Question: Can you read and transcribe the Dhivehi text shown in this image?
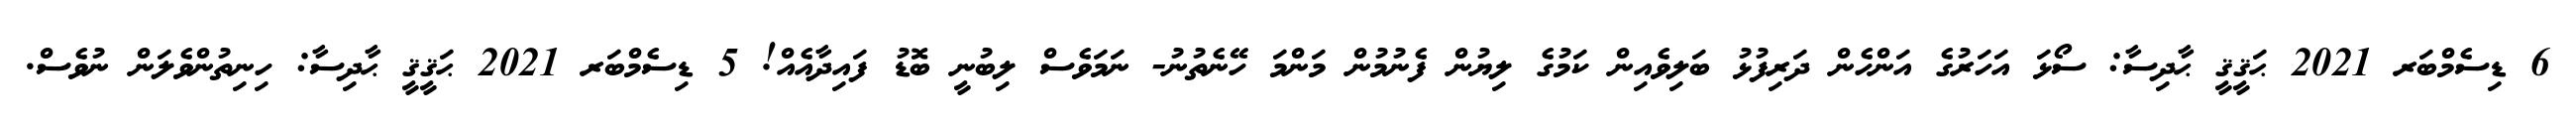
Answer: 6 ޑިސެމްބަރ 2021 ޙަޤީޤީ ޙާދިސާ: ސޯޅަ އަހަރުގެ އަންހެން ދަރިފުޅު ބަލިވެއިން ކަމުގެ ލިޔުން ފެނުމުން މަންމަ ހޭނެތުނު- ނަމަވެސް ލިބުނީ ބޮޑު ފައިދާއެއް! 5 ޑިސެމްބަރ 2021 ޙަޤީޤީ ޙާދިސާ: ހިނިތުންވެލަން ނުވެސް.